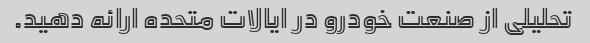
تحلیلی از صنعت خودرو در ایالات متحده ارائه دهید.